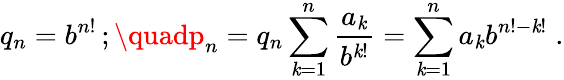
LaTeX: q_{n}=b^{n!}\, ;\quadp_{n}=q_{n}\sum_{\mathit{k}=1}^{n}{\frac{{a_{\mathit{k}}}}{{b^{\mathit{k}!}}}}=\sum_{\mathit{k}=1}^{n}{a_{\mathit{k}}}{b^{n!-\mathit{k}!}}\; .